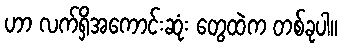
ဟာ လက်ရှိအကောင်းဆုံး တွေထဲက တစ်ခုပါ။